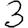
Digit: 3